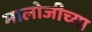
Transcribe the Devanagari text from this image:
मालोजीच्या